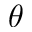
\theta